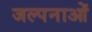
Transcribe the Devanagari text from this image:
जल्पनाओं